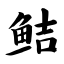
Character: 鲒